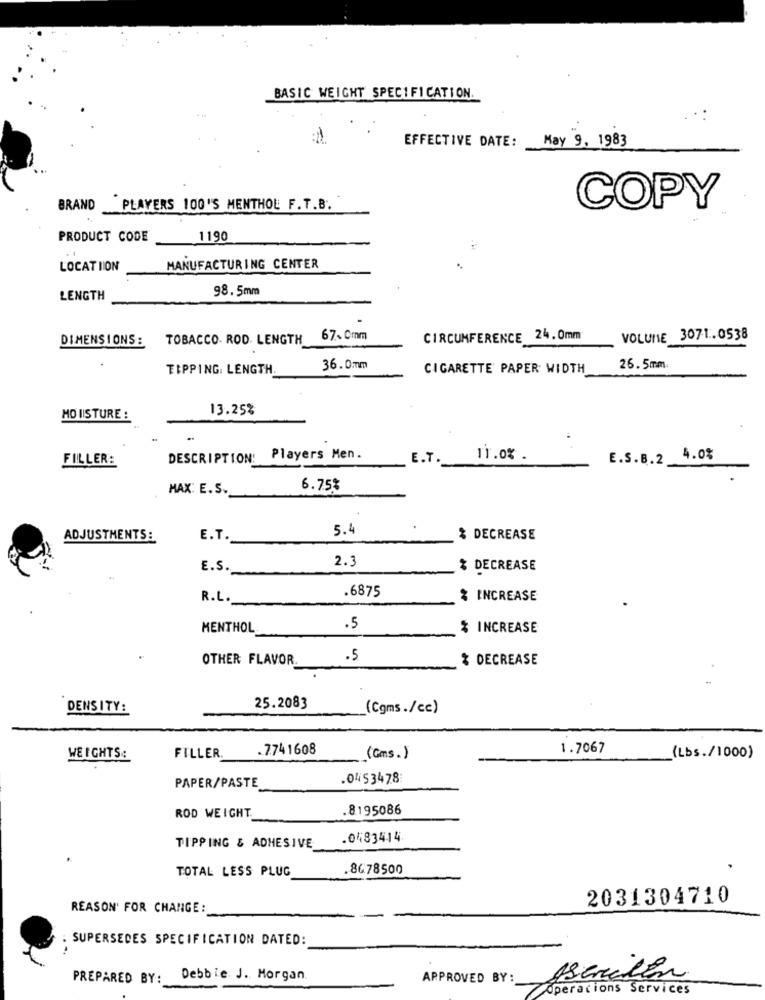
BASIC WEIGHT SPECIFICATION.
EFFECTIVE DATE:
May 9, 1983
BRAND
PLAYERS 100'S MENTHOL F.T.B.
COPY
PRODUCT CODE
1190
..
LOCATION
MANUFACTURING CENTER
98. 5mm
LENGTH
DIMENSIONS:
TOBACCO. ROD. LENGTH
67. Cmm
CIRCUMFERENCE 24.0mm
VOLUME 3071.0538
TIPPING. LENGTH
36.0mm
CIGARETTE' PAPER WIDTH
26. 5mm.
13.25%
HO IISTURE :
DESCRIPTION: Players Men.
E.T.
11.0% .
E.S.B.2 4.0%
FILLER:
MAX: E.S.
6.75%
5.4
ADJUSTMENTS:
E.T.
% DECREASE
2.3
E.S.
% DECREASE
.6875
R.L.
% INCREASE
MENTHOL
.5
% INCREASE
OTHER FLAVOR.
.5
% DECREASE
DENSITY:
25.2083
(Cgms./cc)
.7741608
1.7067
FILLER.
(Gms.)
(Lbs./1000)
PAPER/PASTE
.0453478
ROD WEIGHT.
.8195086
.0483414
TIPPING & ADHESIVE
TOTAL LESS PLUG
.8678500
2031304710
REASON' FOR CHANGE:
SUPERSEDES SPECIFICATION DATED:
PREPARED BY:
Debbie. J. Morgan
APPROVED BY:
Operacions Services